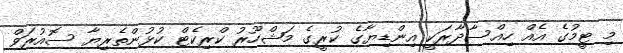
މި ޓީމުގެ އެއް ހިއްސާދާރަކީ އިންޑިޔާގެ ކުރީގެ މަޝްހޫރު ކްރިކެޓް ކުޅުންތެރިޔާ ސޮއުރަވް